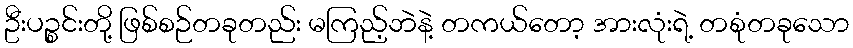
ဦးပဉ္စင်းတို့ ဖြစ်စဉ်တခုတည်း မကြည့်ဘဲနဲ့ တကယ်တော့ အားလုံးရဲ့ တစုံတခုသော